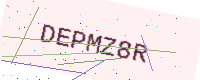
Text: DEPMZ8R